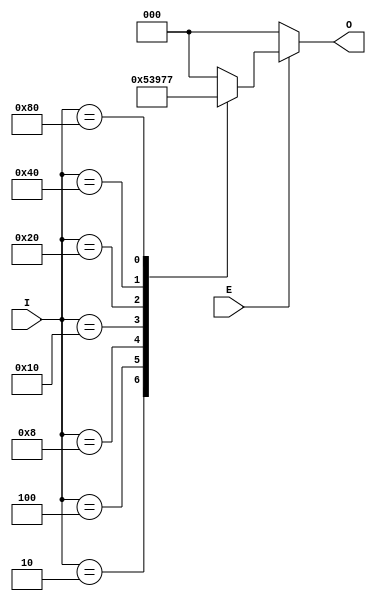
module octal_to_binary_encoder (
    input wire [7:0] I, // 8 input lines (I0 to I7)
    input wire E,       // Enable signal
    output reg [2:0] O // 3-bit output (O2, O1, O0)
);

    always @(*) begin
        if (E) begin
            // Priority encoding
            case (I)
                8'b00000001: O = 3'b000; // I0
                8'b00000010: O = 3'b001; // I1
                8'b00000100: O = 3'b010; // I2
                8'b00001000: O = 3'b011; // I3
                8'b00010000: O = 3'b100; // I4
                8'b00100000: O = 3'b101; // I5
                8'b01000000: O = 3'b110; // I6
                8'b10000000: O = 3'b111; // I7
                default:     O = 3'b000;  // Default case for multiple inputs
            endcase
        end else begin
            O = 3'b000; // Output when Enable is low (could also be high-impedance)
        end
    end

endmodule